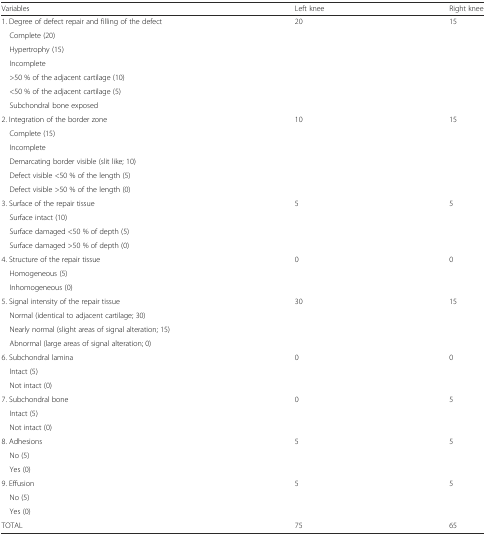
<table><thead><tr><td><b>Variables</b></td><td><b>Left knee</b></td><td><b>Right knee</b></td></tr></thead><tbody><tr><td>1. Degree of defect repair and filling of the defect</td><td>20</td><td>15</td></tr><tr><td> Complete (20)</td><td></td><td></td></tr><tr><td> Hypertrophy (15)</td><td></td><td></td></tr><tr><td> Incomplete</td><td></td><td></td></tr><tr><td> &gt;50 % of the adjacent cartilage (10)</td><td></td><td></td></tr><tr><td> &lt;50 % of the adjacent cartilage (5)</td><td></td><td></td></tr><tr><td> Subchondral bone exposed</td><td></td><td></td></tr><tr><td>2. Integration of the border zone</td><td>10</td><td>15</td></tr><tr><td> Complete (15)</td><td></td><td></td></tr><tr><td> Incomplete</td><td></td><td></td></tr><tr><td> Demarcating border visible (slit like; 10)</td><td></td><td></td></tr><tr><td> Defect visible &lt;50 % of the length (5)</td><td></td><td></td></tr><tr><td> Defect visible &gt;50 % of the length (0)</td><td></td><td></td></tr><tr><td>3. Surface of the repair tissue</td><td>5</td><td>5</td></tr><tr><td> Surface intact (10)</td><td></td><td></td></tr><tr><td> Surface damaged &lt;50 % of depth (5)</td><td></td><td></td></tr><tr><td> Surface damaged &gt;50 % of depth (0)</td><td></td><td></td></tr><tr><td>4. Structure of the repair tissue</td><td>0</td><td>0</td></tr><tr><td> Homogeneous (5)</td><td></td><td></td></tr><tr><td> Inhomogeneous (0)</td><td></td><td></td></tr><tr><td>5. Signal intensity of the repair tissue</td><td>30</td><td>15</td></tr><tr><td> Normal (identical to adjacent cartilage; 30)</td><td></td><td></td></tr><tr><td> Nearly normal (slight areas of signal alteration; 15)</td><td></td><td></td></tr><tr><td> Abnormal (large areas of signal alteration; 0)</td><td></td><td></td></tr><tr><td>6. Subchondral lamina</td><td>0</td><td>0</td></tr><tr><td> Intact (5)</td><td></td><td></td></tr><tr><td> Not intact (0)</td><td></td><td></td></tr><tr><td>7. Subchondral bone</td><td>0</td><td>5</td></tr><tr><td> Intact (5)</td><td></td><td></td></tr><tr><td> Not intact (0)</td><td></td><td></td></tr><tr><td>8. Adhesions</td><td>5</td><td>5</td></tr><tr><td> No (5)</td><td></td><td></td></tr><tr><td> Yes (0)</td><td></td><td></td></tr><tr><td>9. Effusion</td><td>5</td><td>5</td></tr><tr><td> No (5)</td><td></td><td></td></tr><tr><td> Yes (0)</td><td></td><td></td></tr><tr><td>TOTAL</td><td>75</td><td>65</td></tr></tbody></table>